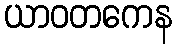
ယာဝတကေန